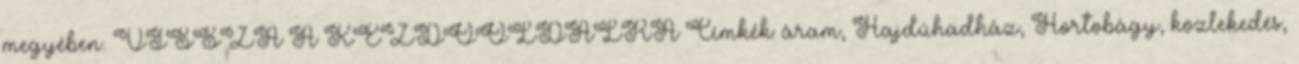
megyében. VISSZA A KEZDŐOLDALRA Címkék: áram, Hajdúhadház, Hortobágy, közlekedés,